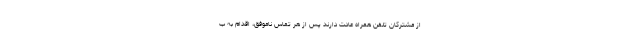
از مشترکان تلفن همراه عادت دارند پس از هر تماس ناموفق، اقدام به ب